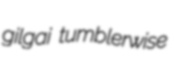
gilgai tumblerwise